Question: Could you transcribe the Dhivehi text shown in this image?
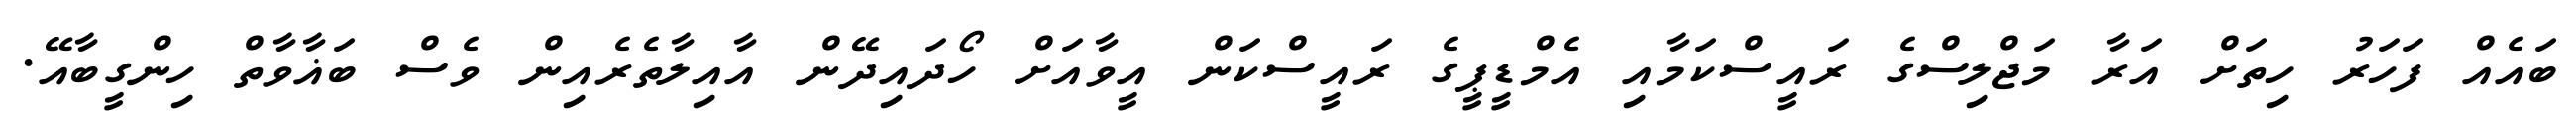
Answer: ބައެއް ފަހަރު ހިތަށް އަރާ މަޖްލިސްގެ ރައީސްކަމާއި އެމްޑީޕީގެ ރައީސްކަން އީވާއަށް ހޯދައިދޭން އާއިލާތެރެއިން ވެސް ބަޣާވާތް ހިންގީބާއޭ.